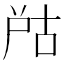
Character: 𡱨